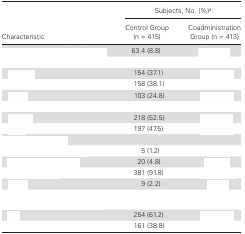
<table><thead><tr><td rowspan="2"><b>Characteristic</b></td><td colspan="2"><b>Subjects, No. (%)<sup>a</sup></b></td></tr><tr><td><b>Control Group (n = 415)</b></td><td><b>Coadministration Group (n = 413)</b></td></tr></thead><tbody><tr><td>[EMPTY_CELL]</td><td>63.4 (8.8)</td><td>[EMPTY_CELL]</td></tr><tr><td>[EMPTY_CELL]</td><td>[EMPTY_CELL]</td><td>[EMPTY_CELL]</td></tr><tr><td>[EMPTY_CELL]</td><td>154 (37.1)</td><td>[EMPTY_CELL]</td></tr><tr><td>[EMPTY_CELL]</td><td>158 (38.1)</td><td>[EMPTY_CELL]</td></tr><tr><td>[EMPTY_CELL]</td><td>103 (24.8)</td><td>[EMPTY_CELL]</td></tr><tr><td>[EMPTY_CELL]</td><td>[EMPTY_CELL]</td><td>[EMPTY_CELL]</td></tr><tr><td>[EMPTY_CELL]</td><td>218 (52.5)</td><td>[EMPTY_CELL]</td></tr><tr><td>[EMPTY_CELL]</td><td>197 (47.5)</td><td>[EMPTY_CELL]</td></tr><tr><td>[EMPTY_CELL]</td><td>[EMPTY_CELL]</td><td>[EMPTY_CELL]</td></tr><tr><td>[EMPTY_CELL]</td><td>5 (1.2)</td><td>[EMPTY_CELL]</td></tr><tr><td>[EMPTY_CELL]</td><td>20 (4.8)</td><td>[EMPTY_CELL]</td></tr><tr><td>[EMPTY_CELL]</td><td>381 (91.8)</td><td>[EMPTY_CELL]</td></tr><tr><td>[EMPTY_CELL]</td><td>9 (2.2)</td><td>[EMPTY_CELL]</td></tr><tr><td>[EMPTY_CELL]</td><td>[EMPTY_CELL]</td><td>[EMPTY_CELL]</td></tr><tr><td>[EMPTY_CELL]</td><td>254 (61.2)</td><td>[EMPTY_CELL]</td></tr><tr><td>[EMPTY_CELL]</td><td>161 (38.8)</td><td>[EMPTY_CELL]</td></tr></tbody></table>